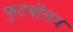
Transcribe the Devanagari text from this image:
फुटबॉलव